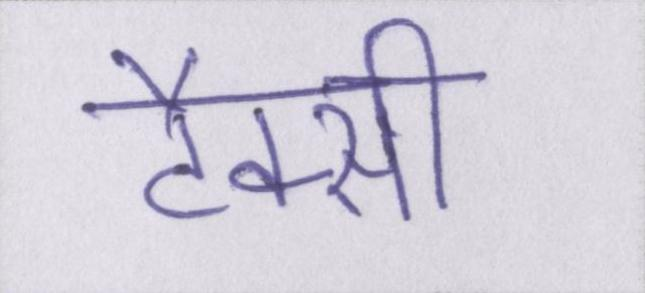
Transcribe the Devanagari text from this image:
टैक्सी